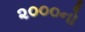
૨૦૦૦નો